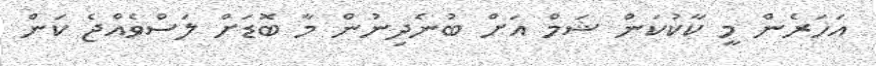
އަހަރެން މީ ކާކުކަން ޝަމް އަށް ބުނެދިނުން މާ ބޮޑަށް ލަސްވެއްޖެ ކަން